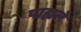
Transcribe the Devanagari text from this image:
पाह्यले